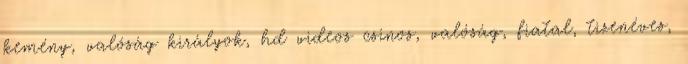
kemény, valóság királyok, hd videos csinos, valóság, fiatal, tizenéves,